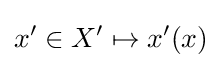
x'\in X'\mapsto x'(x)